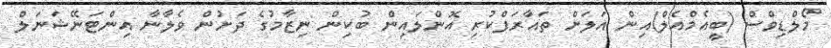
މޯލްޑިވްސް (ބީއެމްއެލް)އިން އަލަށް ތައާރަފްކުރި އޮންލައިން ބުކިން ނިޒާމުގެ ދަށުން ވެލާނާ އިންޓަނޭޝަނަލް